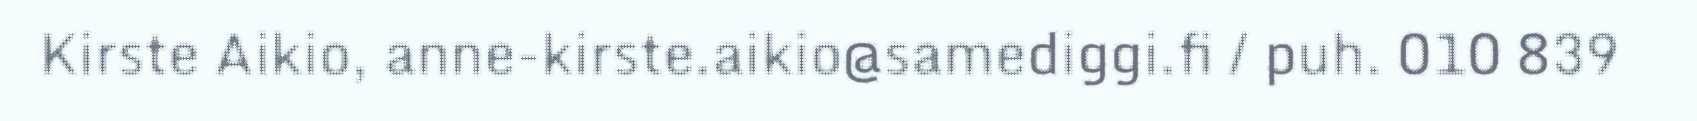
Kirste Aikio, anne-kirste.aikio@samediggi.fi / puh. 010 839